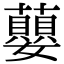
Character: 蘡